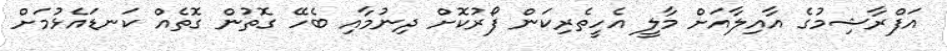
އަފްރާޝިމުގެ އާއިލާއަށް މާލީ އެހީތެރިކަން ފޯރުކޮށް ދިނުމާއި ބެހޭ ގޮތުން ގޮތެއް ކަނޑައެޅުމަށް